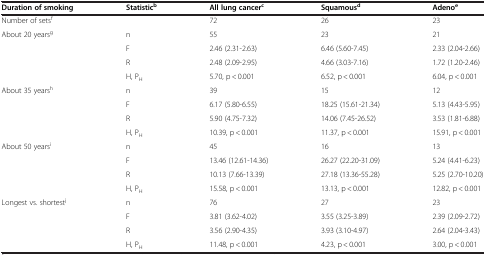
<table><thead><tr><td><b>Duration of smoking</b></td><td><b>Statistic<sup>b</sup></b></td><td><b>All lung cancer<sup>c</sup></b></td><td><b>Squamous<sup>d</sup></b></td><td><b>Adeno<sup>e</sup></b></td></tr></thead><tbody><tr><td>Number of sets<sup>f</sup></td><td> </td><td>72</td><td>26</td><td>23</td></tr><tr><td>About 20 years<sup>g</sup></td><td>n</td><td>55</td><td>23</td><td>21</td></tr><tr><td> </td><td>F</td><td>2.46 (2.31-2.63)</td><td>6.46 (5.60-7.45)</td><td>2.33 (2.04-2.66)</td></tr><tr><td> </td><td>R</td><td>2.48 (2.09-2.95)</td><td>4.66 (3.03-7.16)</td><td>1.72 (1.20-2.46)</td></tr><tr><td> </td><td>H, P<sub>H</sub></td><td>5.70, p &lt; 0.001</td><td>6.52, p &lt; 0.001</td><td>6.04, p &lt; 0.001</td></tr><tr><td>About 35 years<sup>h</sup></td><td>n</td><td>39</td><td>15</td><td>12</td></tr><tr><td> </td><td>F</td><td>6.17 (5.80-6.55)</td><td>18.25 (15.61-21.34)</td><td>5.13 (4.43-5.95)</td></tr><tr><td> </td><td>R</td><td>5.90 (4.75-7.32)</td><td>14.06 (7.45-26.52)</td><td>3.53 (1.81-6.88)</td></tr><tr><td> </td><td>H, P<sub>H</sub></td><td>10.39, p &lt; 0.001</td><td>11.37, p &lt; 0.001</td><td>15.91, p &lt; 0.001</td></tr><tr><td>About 50 years<sup>i</sup></td><td>n</td><td>45</td><td>16</td><td>13</td></tr><tr><td> </td><td>F</td><td>13.46 (12.61-14.36)</td><td>26.27 (22.20-31.09)</td><td>5.24 (4.41-6.23)</td></tr><tr><td> </td><td>R</td><td>10.13 (7.66-13.39)</td><td>27.18 (13.36-55.28)</td><td>5.25 (2.70-10.20)</td></tr><tr><td> </td><td>H, P<sub>H</sub></td><td>15.58, p &lt; 0.001</td><td>13.13, p &lt; 0.001</td><td>12.82, p &lt; 0.001</td></tr><tr><td>Longest vs. shortest<sup>j</sup></td><td>n</td><td>76</td><td>27</td><td>23</td></tr><tr><td> </td><td>F</td><td>3.81 (3.62-4.02)</td><td>3.55 (3.25-3.89)</td><td>2.39 (2.09-2.72)</td></tr><tr><td> </td><td>R</td><td>3.56 (2.90-4.35)</td><td>3.93 (3.10-4.97)</td><td>2.64 (2.04-3.43)</td></tr><tr><td> </td><td>H, P<sub>H</sub></td><td>11.48, p &lt; 0.001</td><td>4.23, p &lt; 0.001</td><td>3.00, p &lt; 0.001</td></tr></tbody></table>